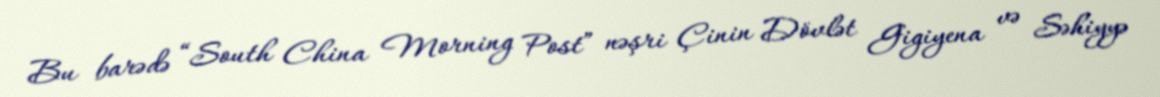
Bu barədə “South China Morning Post” nəşri Çinin Dövlət Gigiyena və Səhiyyə